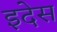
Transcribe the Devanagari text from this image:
इदेस